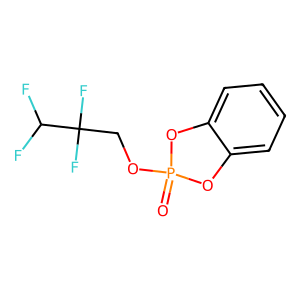
SMILES: O=P1(OCC(F)(F)C(F)F)Oc2ccccc2O1
Inhibits HIV replication: No